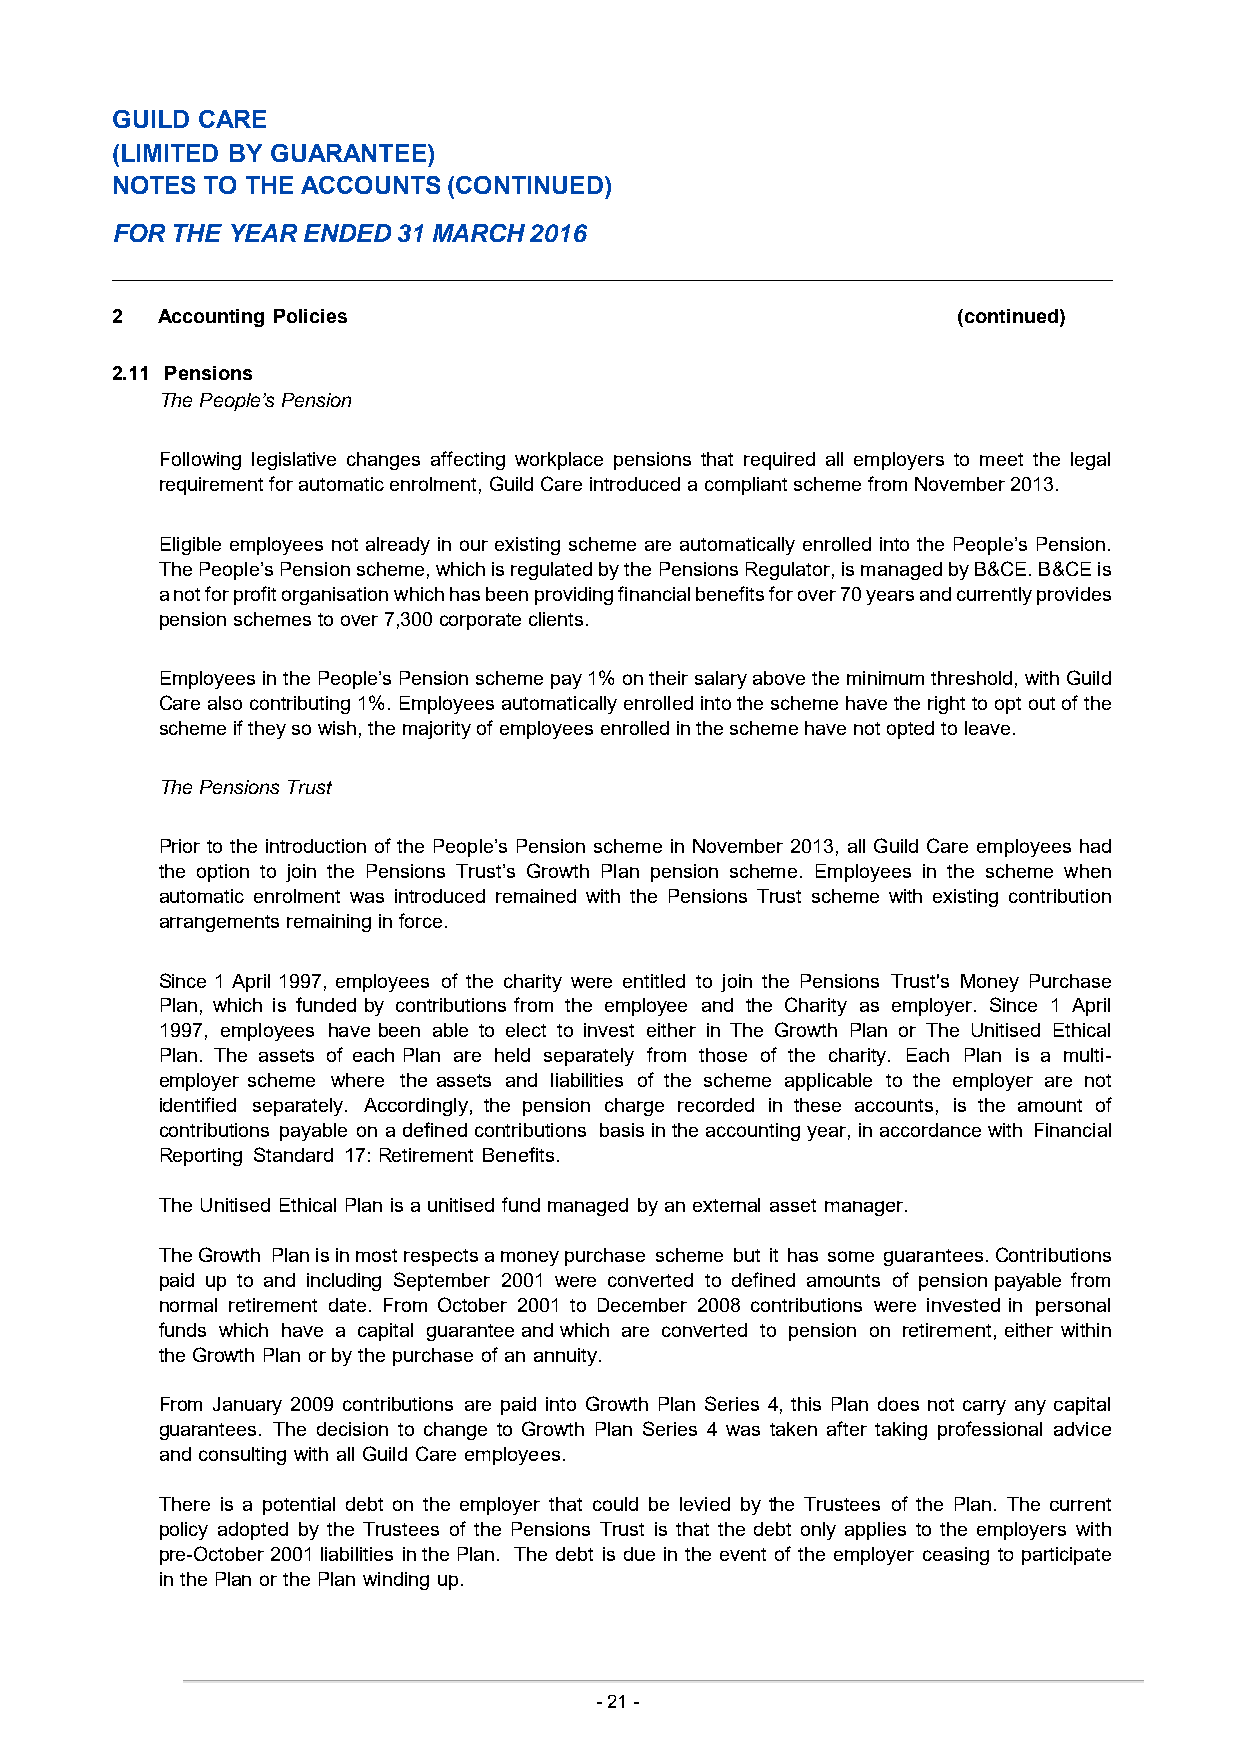
GUILD CARE
 (LIMITED BY GUARANTEE)
 NOTES  TO THE ACCOUNTS (CONTINUED)
 FOR THE YEAR ENDED 31 MARCH 2016
 2  Accounting Policies                                  (continued)
 2.11 Pensions
 The People’s Pension
 Following legislative changes affecting workplace pensions that required all employers to meet the legal
 requirement for automatic enrolment, Guild Care introduced a compliant scheme from November 2013.
 Eligible employees not already in our existing scheme are automatically enrolled into the People’s Pension.
 The People’s Pension scheme, which is regulated by the Pensions Regulator, is managed by B&CE. B&CE is
 a not for profit organisation which has been providing financial benefits for over 70 years and currently provides
 pension schemes to over 7,300 corporate clients.
 Employees in the People’s Pension scheme pay 1% on their salary above the minimum threshold, with Guild
 Care also contributing 1%. Employees automatically enrolled into the scheme have the right to opt out of the
 scheme if they so wish, the majority of employees enrolled in the scheme have not opted to leave.
 The Pensions Trust
 Prior to the introduction of the People’s Pension scheme in November 2013, all Guild Care employees had
 the option to join the Pensions Trust’s Growth Plan pension scheme. Employees in the scheme when
 automatic enrolment was introduced remained with the Pensions Trust scheme with existing contribution
 arrangements remaining in force.
 Since 1 April 1997, employees of the charity were entitled to join the Pensions Trust's Money Purchase
 Plan, which is funded by contributions from the employee and the Charity as employer. Since 1 April
 1997, employees have been able to elect to invest either in The Growth Plan or The Unitised Ethical
 Plan. The assets of each Plan are held separately from those of the charity. Each Plan is a multi-
 employer scheme where the assets and liabilities of the scheme applicable to the employer are not
 identified separately. Accordingly, the pension charge recorded in these accounts, is the amount of
 contributions payable on a defined contributions basis in the accounting year, in accordance with Financial
 Reporting Standard 17: Retirement Benefits.
 The Unitised Ethical Plan is a unitised fund managed by an external asset manager.
 The Growth Plan is in most respects a money purchase scheme but it has some guarantees. Contributions
 paid up to and including September 2001 were converted to defined amounts of pension payable from
 normal retirement date. From October 2001 to December 2008 contributions were invested in personal
 funds which have a capital guarantee and which are converted to pension on retirement, either within
 the Growth Plan or by the purchase of an annuity.
 From January 2009 contributions are paid into Growth Plan Series 4, this Plan does not carry any capital
 guarantees. The decision to change to Growth Plan Series 4 was taken after taking professional advice
 and consulting with all Guild Care employees.
 There is a potential debt on the employer that could be levied by the Trustees of the Plan. The current
 policy adopted by the Trustees of the Pensions Trust is that the debt only applies to the employers with
 pre-October 2001 liabilities in the Plan. The debt is due in the event of the employer ceasing to participate
 in the Plan or the Plan winding up.
 -21 -